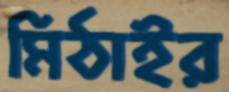
মিঠাইর